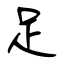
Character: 足